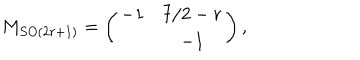
M _ { S O ( 2 r + 1 ) } = \left( \begin{array} { c c } { { - 1 } } & { { 7 / 2 - r } } \\ { { } } & { { - 1 } } \\ \end{array} \right) ,